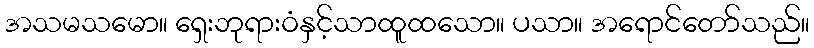
အသမသမော။ ရှေးဘုရားဝံနှင့်သာထူထသော။ ပသာ။ အရောင်တော်သည်။